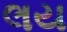
લય